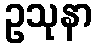
ဥသုနာ